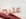
عليه